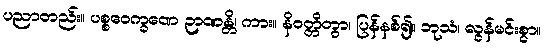
ပညာတည်း။ ပစ္စဝေက္ခဏေ ဉာဏန္တိ၊ ကား။ နိဝတ္တိတွာ၊ ပြန်နစ်၍။ ဘုသံ၊ လွန်မင်းစွာ။